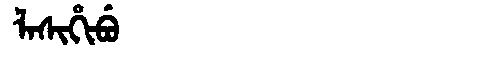
Manchu: ᠯᠠᠰᡳᡥᡳᠪᡠ
Romanization: LASIHIBU